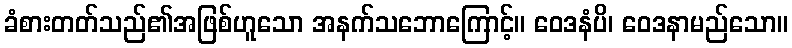
ခံစားတတ်သည်၏အဖြစ်ဟူသော အနက်သဘောကြောင့်။ ဝေဒနံပိ၊ ဝေဒနာမည်သော။